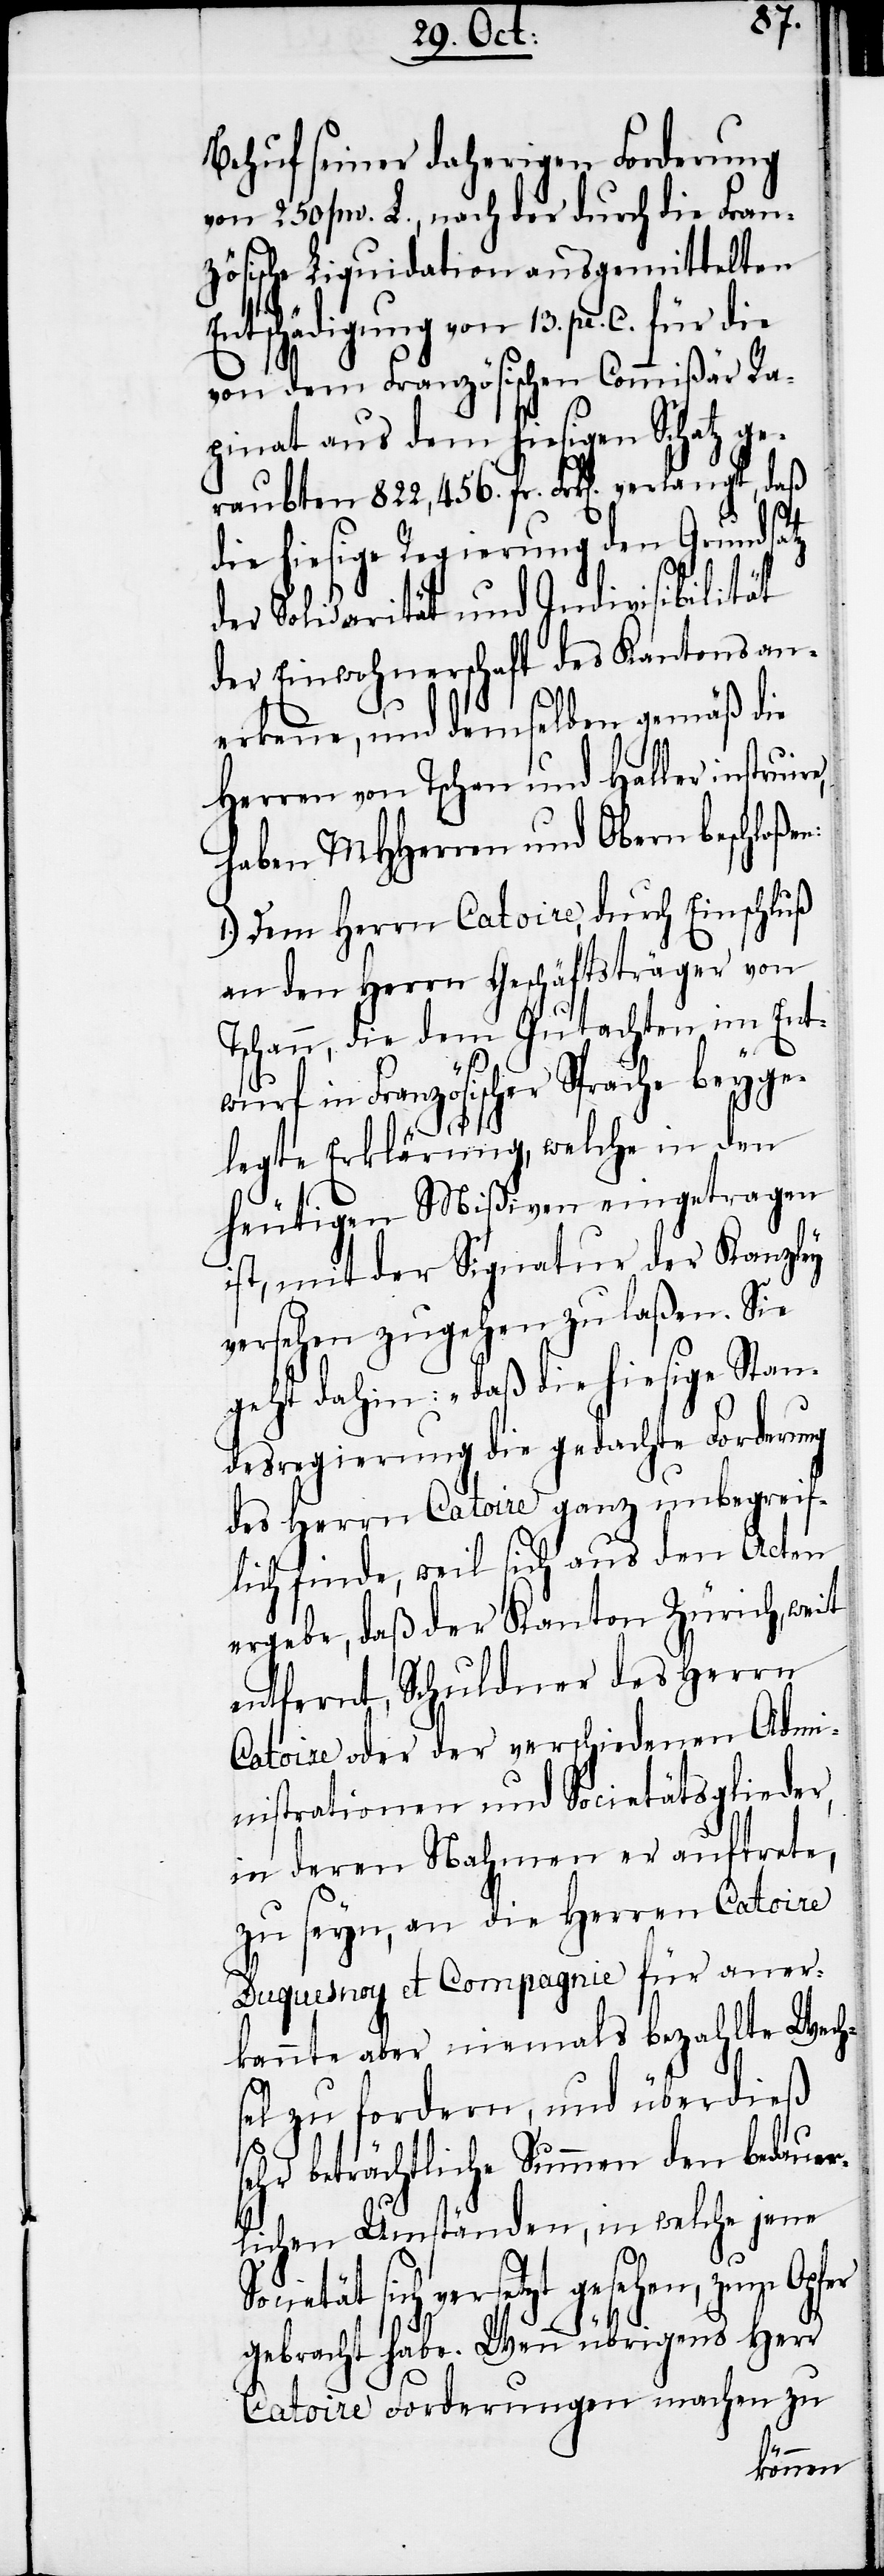
Behuf seiner daherigen Forderung
von 250000. L., nach der durch die Fran¬
zösische Liquidation ausgemittelten
Entschädigung von 13. pr. C. für die
von dem Französischen Commißär Ra¬
pinat aus dem hiesigen Schatz ge¬
raubten 822,456. fr. Frk[en]. verlangt, daß
die hiesige Regierung den Grundsatz
der Solidarität und Indivisibilität
der Einwohnerschaft des Kantons an¬
erkenne, und demselben gemäß die
Herren von Tschan und Haller instruire,
haben MHHerren und Obern beschloßen:
1.) Dem Herrn Catoire, durch Einschluß
an den Herrn Geschäftsträger von
Tschann, die dem Gutachten im Ent¬
wurf in Französischer Sprache beyge¬
legte Erklärung, welche in den
heutigen Mißiven eingetragen
ist, mit der Signatur der Kanzley
versehen zugehen zu laßen. Sie
geht dahin: „daß die hiesige Stan¬
desregierung die gedachte Forderung
des Herrn Catoire ganz unbegreif¬
lich finde, weil sich aus den Acten
ergebe, daß Kanton Zürich, weit
entfernt, Schuldner des Herrn
Catoire oder der verschiedenen Admi¬
nistrationen und Societätsglieder,
in deren Nahmen er auftrete,
zu seyn, an die Herren Catoire
Duquesnoy et Compagnie für aner¬
kannte aber niemals bezahlte Wech¬
sel zu fordern, und überdieß
sehr beträchtliche Summen den bedauer¬
lichen Umständen, in welche jene
Societät sich versetzt gesehen, zum Opfer
gebracht habe. Wenn übrigens Herr
Catoire Forderungen machen zu